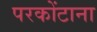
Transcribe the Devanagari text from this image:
परकोंटाना